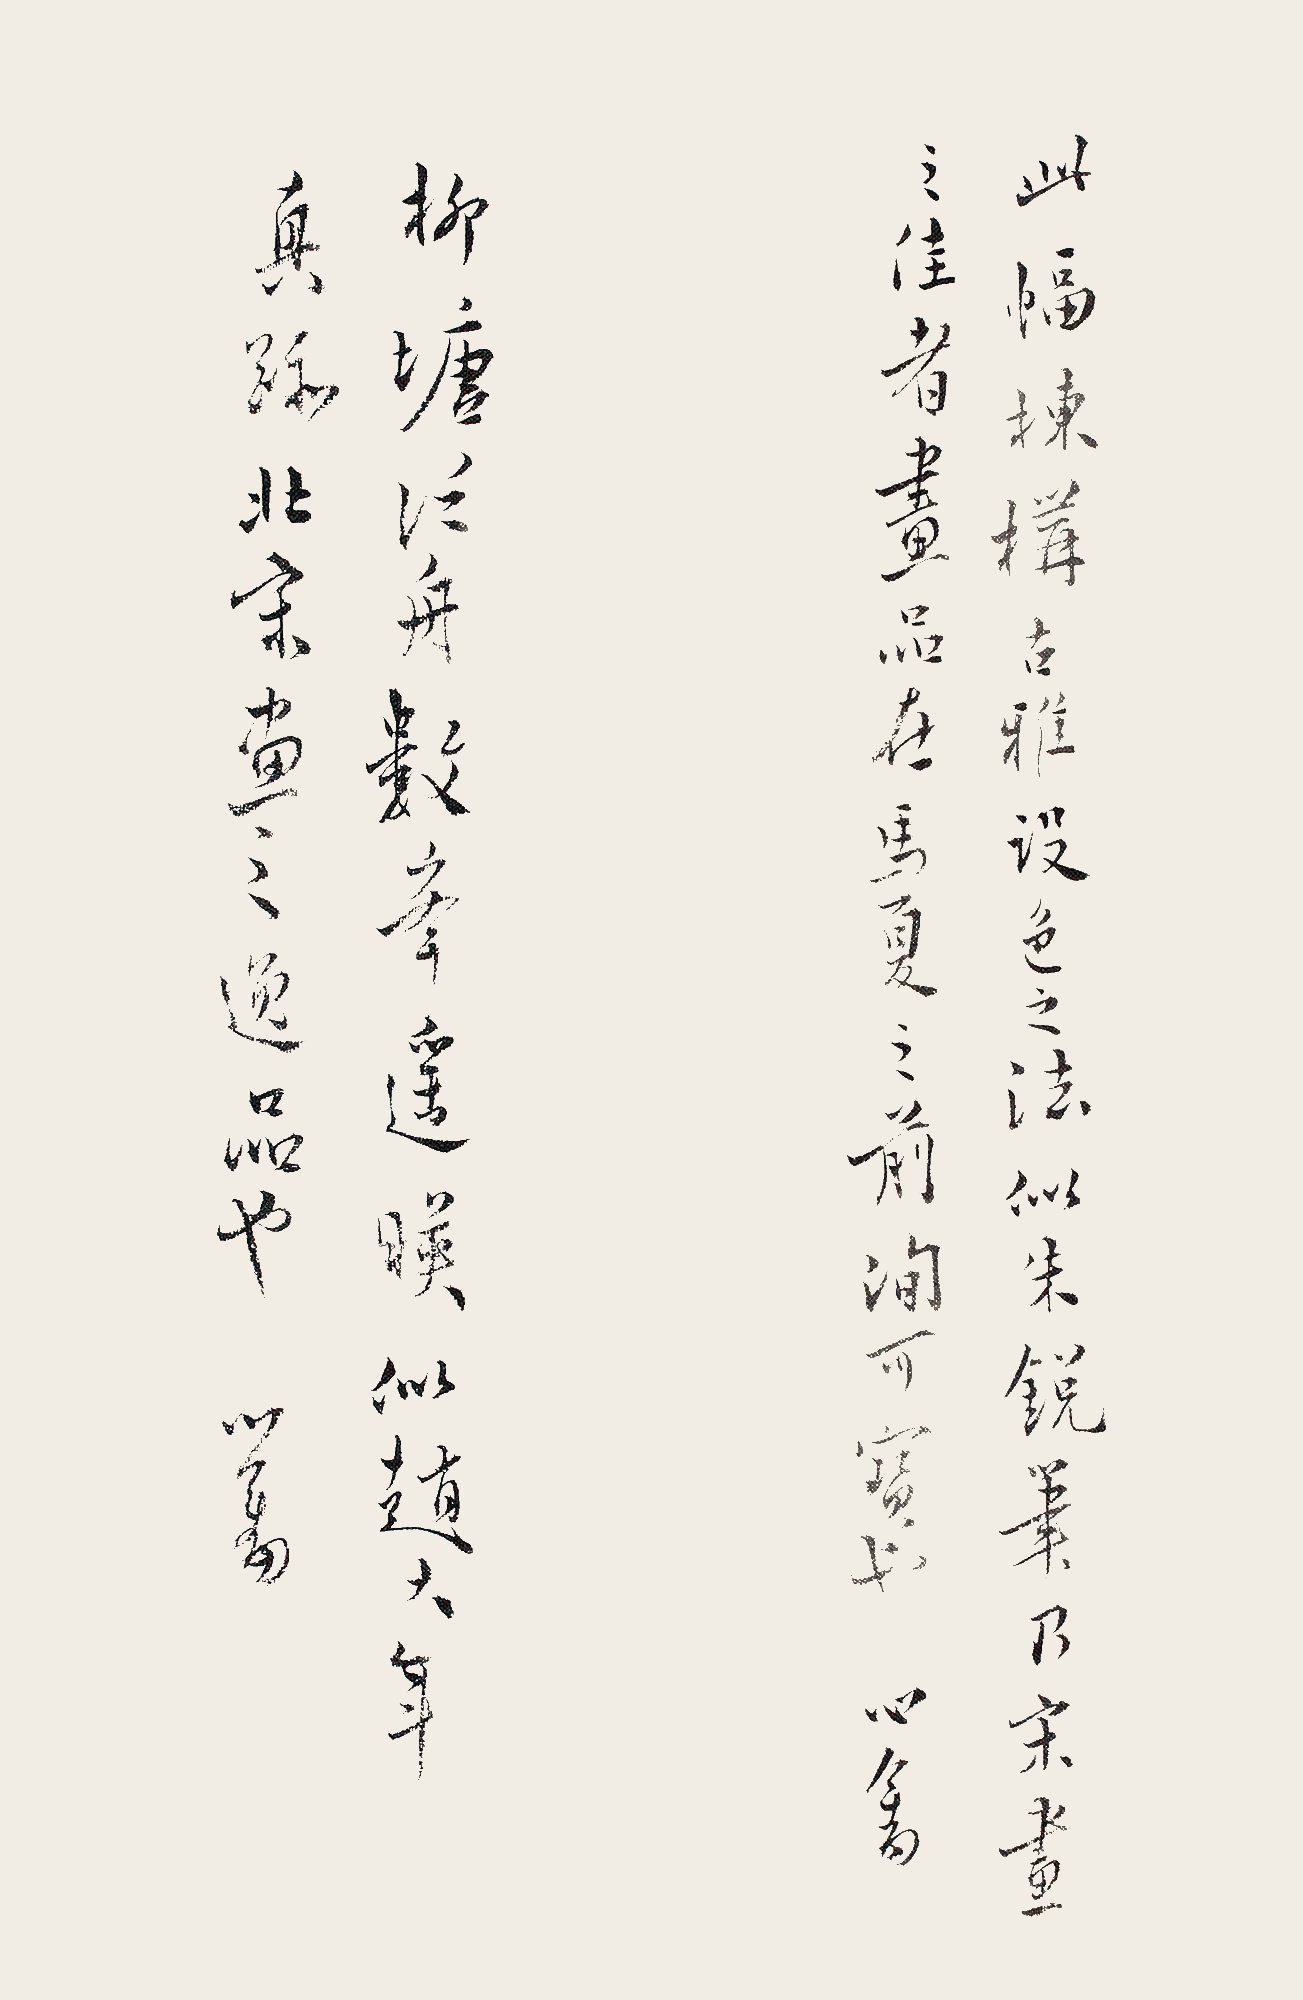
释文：柳塘泛舟，数峰遥映，似赵大年真迹，北宋画之逸品也。心畬。此幅栋构古雅，设色之法似朱锐笔，乃宋画之佳者，画品在马、夏之前，洵可宝也。心畬。